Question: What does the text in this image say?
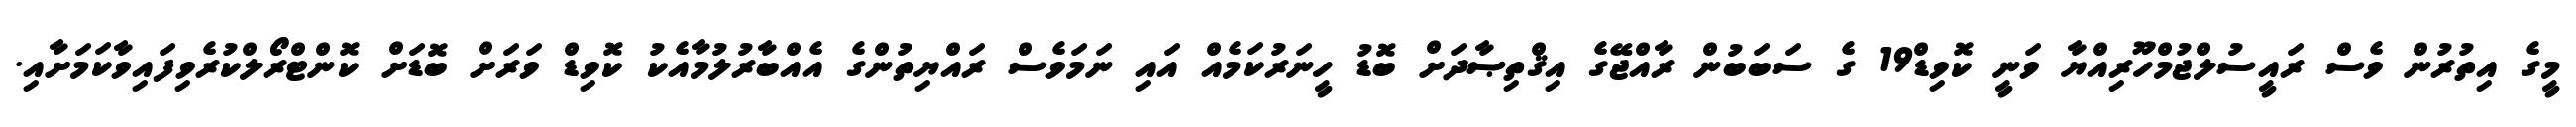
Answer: މީގެ އިތުރުން ވެސް ރައީސުލްޖުމްހޫރިއްޔާ ވަނީ ކޮވިޑް19 ގެ ސަބަބުން ރާއްޖޭގެ އިޤްތިޞާދަށް ބޮޑު ހީނަރުކަމެއް އައި ނަމަވެސް ރައްޔިތުންގެ އެއްބާރުލުމާއެކު ކޮވިޑް ވަރަށް ބޮޑަށް ކޮންޓްރޯލްކުރެވިފައިވާކަމަށާއި.